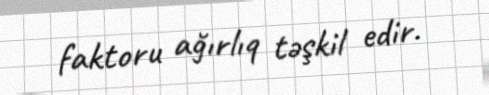
faktoru ağırlıq təşkil edir.